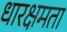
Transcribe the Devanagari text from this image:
धारक्षमता